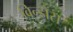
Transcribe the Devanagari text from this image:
विन्डोस